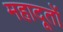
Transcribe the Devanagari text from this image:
महादूतों